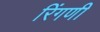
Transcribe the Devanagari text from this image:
रिंगणी